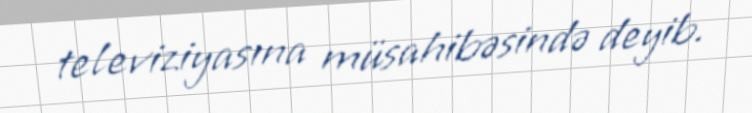
televiziyasına müsahibəsində deyib.